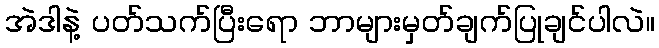
အဲဒါနဲ့ ပတ်သက်ပြီးရော ဘာများမှတ်ချက်ပြုချင်ပါလဲ။